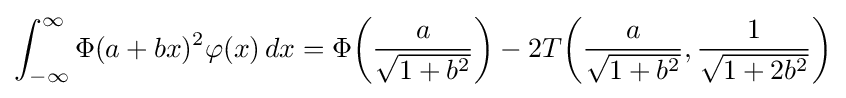
\int _{-\infty }^{\infty }\Phi (a+bx)^{2}\varphi (x)\,dx=\Phi {\left({\frac {a}{\sqrt {1+b^{2}}}}\right)}-2T{\left({\frac {a}{\sqrt {1+b^{2}}}},{\frac {1}{\sqrt {1+2b^{2}}}}\right)}